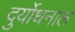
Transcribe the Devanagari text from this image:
दुर्योधनाल